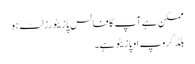
ممکن ہے آپ کا فالس پازیٹو رزلٹ ہو
بلڈ گروپ او پازیٹو ہے۔